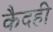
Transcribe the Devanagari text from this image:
कैदही